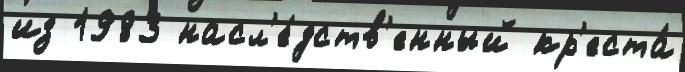
из 1983 насл'е́дств'енный кр'еста́